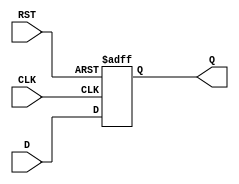
module input_register (
    input wire D,        // Data Input
    input wire CLK,      // Clock
    input wire RST,      // Asynchronous Reset
    output reg Q         // Data Output
);

// Sequential logic behavior
always @(posedge CLK or posedge RST) begin
    if (RST) begin
        Q <= 1'b0;      // Clear the register to zero on reset
    end else begin
        Q <= D;         // Capture the input data on the rising edge of the clock
    end
end

endmodule